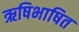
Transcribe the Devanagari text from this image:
ऋषिभाषित